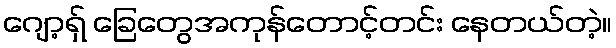
ဂျော့ရှ် ခြေတွေအကုန်တောင့်တင်း နေတယ်တဲ့။